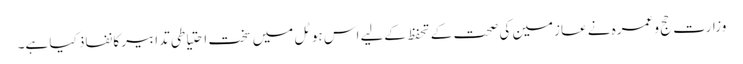
وزارتِ حج و عمرہ نے عازمین کی صحت کے تحفظ کےلیے اس ہوٹل میں سخت احتیاطی تدابیر کا نفاذ کیا ہے۔